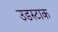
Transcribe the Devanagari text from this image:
उडस्टाक